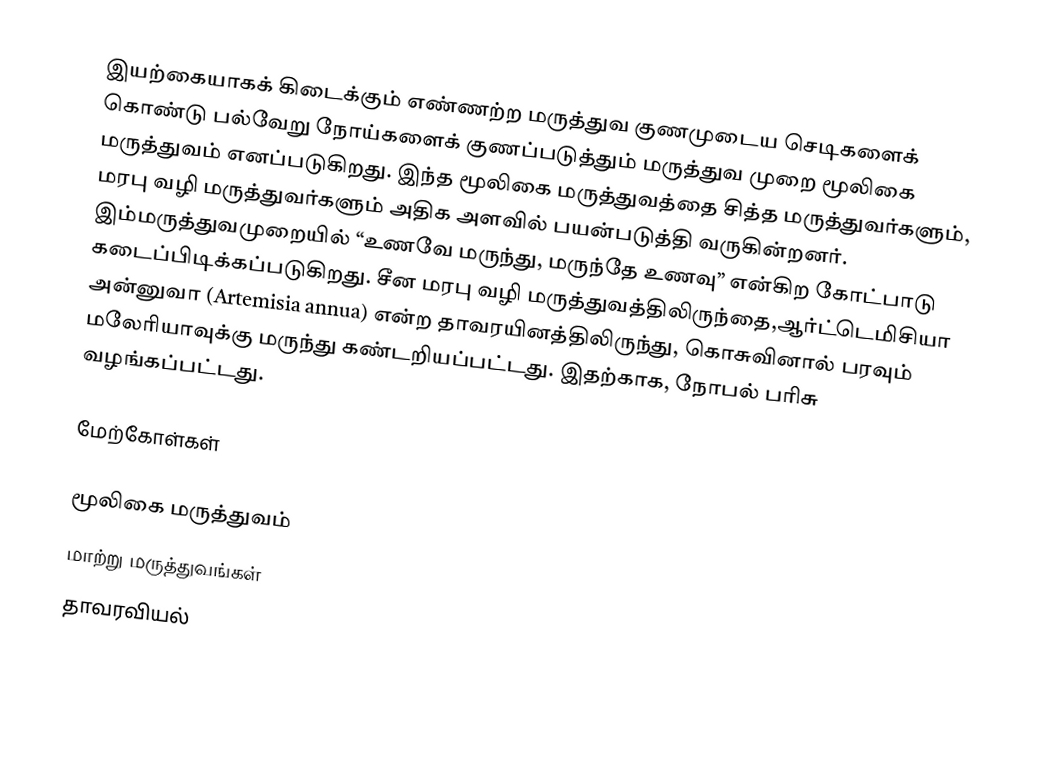
இயற்கையாகக் கிடைக்கும் எண்ணற்ற மருத்துவ குணமுடைய செடிகளைக் கொண்டு பல்வேறு நோய்களைக் குணப்படுத்தும் மருத்துவ முறை மூலிகை மருத்துவம் எனப்படுகிறது. இந்த மூலிகை மருத்துவத்தை சித்த மருத்துவர்களும், மரபு வழி மருத்துவர்களும் அதிக அளவில் பயன்படுத்தி வருகின்றனர். இம்மருத்துவமுறையில் “உணவே மருந்து, மருந்தே உணவு” என்கிற கோட்பாடு கடைப்பிடிக்கப்படுகிறது. சீன மரபு வழி மருத்துவத்திலிருந்தை,ஆர்ட்டெமிசியா அன்னுவா (Artemisia annua) என்ற தாவரயினத்திலிருந்து,  கொசுவினால் பரவும் மலேரியாவுக்கு மருந்து கண்டறியப்பட்டது. இதற்காக, நோபல் பரிசு வழங்கப்பட்டது.

மேற்கோள்கள்

மூலிகை மருத்துவம்
மாற்று மருத்துவங்கள்
தாவரவியல்